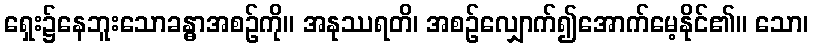
ရှေး၌နေဘူးသောခန္ဓာအစဉ်ကို။ အနုဿရတိ၊ အစဉ်လျှောက်၍အောက်မေ့နိုင်၏။ သော၊